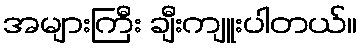
အများကြီး ချီးကျူးပါတယ်။